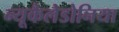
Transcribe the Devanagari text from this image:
न्यूकैलेडोनिया